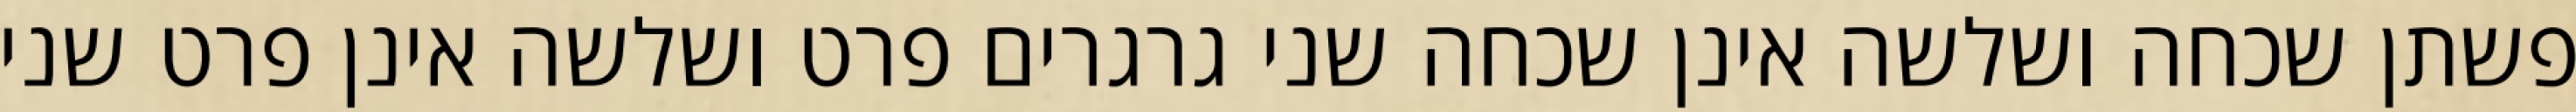
פשתן שכחה ושלשה אינן שכחה שני גרגרים פרט ושלשה אינן פרט שני